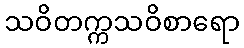
သဝိတက္ကသဝိစာရော